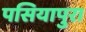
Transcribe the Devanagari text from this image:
पसियापुरा